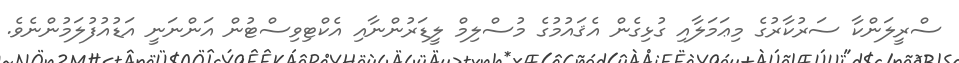
ސްރީލަންކާ ސަރުކާރުގެ މިޢަމަލާއި ގުޅިގެން އެޤައުމުގެ މުސްލިމް ލީޑަރުންނާއި އެކްޓިވިސްޓުން އަންނަނީ އަޑުއުފުލަމުންނެވެ.